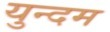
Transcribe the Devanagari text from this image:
युन्दम